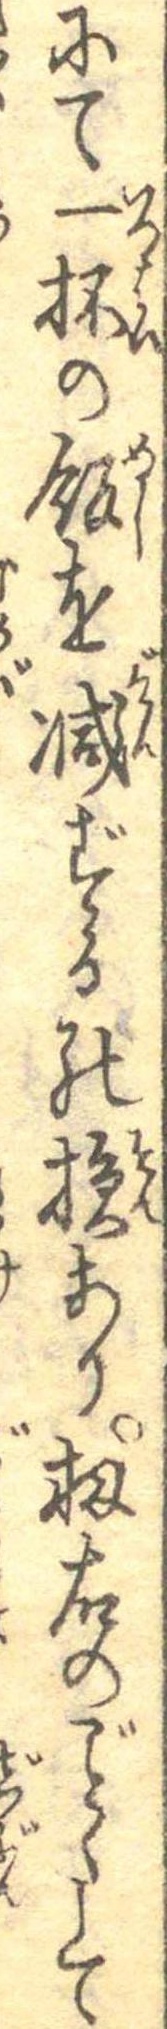
にて一杯の飯を減ずるの損あり扨右のごとくして